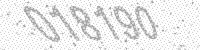
Solution: 018190